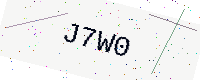
Text: J7W0